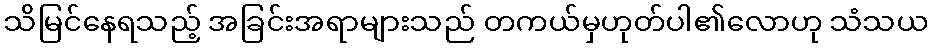
သိမြင်နေရသည့် အခြင်းအရာများသည် တကယ်မှဟုတ်ပါ၏လောဟု သံသယ